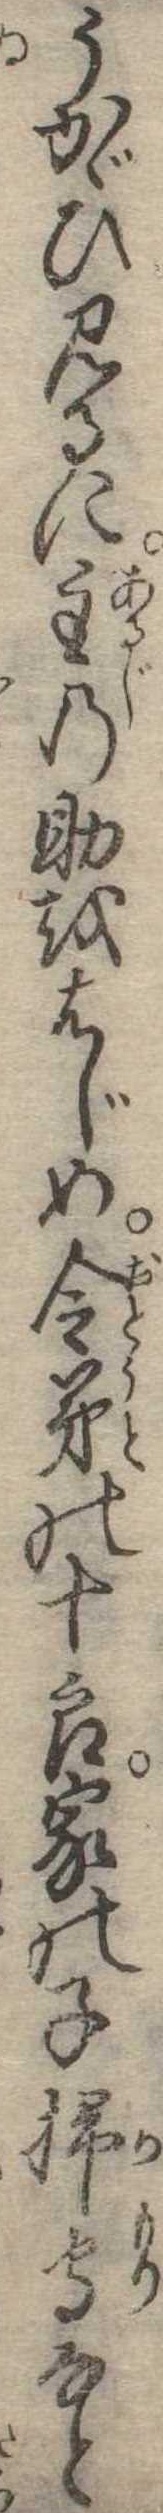
うかゞひ見るに主の助をはじめ令弟の十郎家の子掃守なと